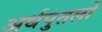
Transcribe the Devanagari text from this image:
अर्धपुतलों